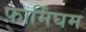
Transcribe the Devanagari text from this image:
फ़ार्मिंघम